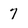
Character: 7